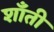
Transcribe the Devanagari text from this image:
शाँती